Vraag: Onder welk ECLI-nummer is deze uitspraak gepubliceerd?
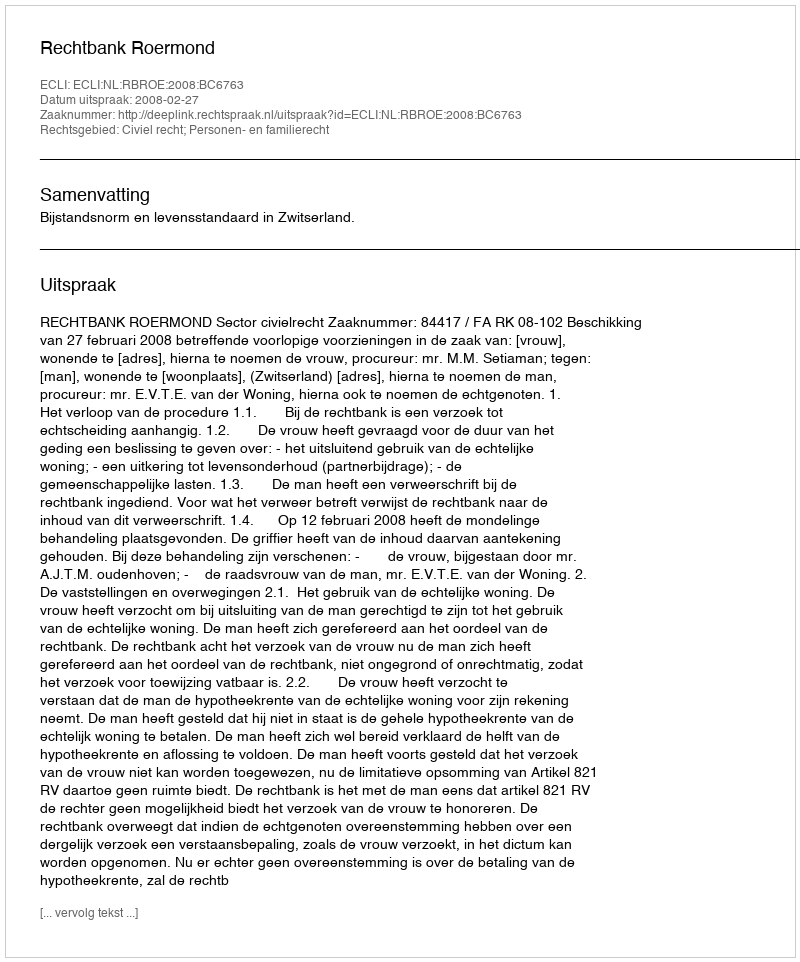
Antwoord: ECLI:NL:RBROE:2008:BC6763